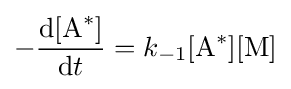
-{\frac {\mathrm {d} [{\ce {A}}^{*}]}{\mathrm {d} t}}=k_{-1}[{\ce {A}}^{*}][{\ce {M}}]